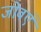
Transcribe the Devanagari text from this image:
जोवएं